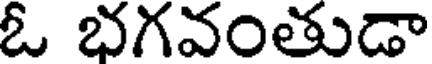
ఓ భగవంతుడా